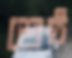
শ্রেষ্ঠ